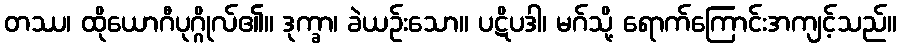
တဿ၊ ထိုယောဂီပုဂ္ဂိုလ်၏။ ဒုက္ခာ၊ ခဲယဉ်းသော။ ပဋိပဒါ၊ မဂ်သို့ ရောက်ကြောင်းအကျင့်သည်။